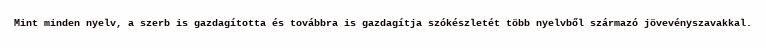
Mint minden nyelv, a szerb is gazdagította és továbbra is gazdagítja szókészletét több nyelvből származó jövevényszavakkal.